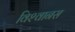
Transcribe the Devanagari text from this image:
विश्‍वानस